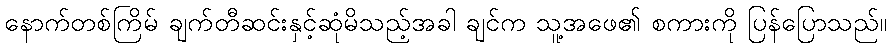
နောက်တစ်ကြိမ် ချက်တီဆင်းနှင့်ဆုံမိသည့်အခါ ချင်က သူ့အဖေ၏ စကားကို ပြန်ပြောသည်။